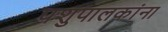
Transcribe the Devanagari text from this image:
पशुपालकांना